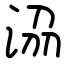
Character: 𣴀